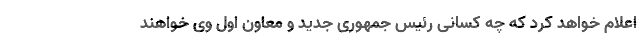
اعلام خواهد کرد که چه کسانی رئیس جمهوری جدید و معاون اول وی خواهند